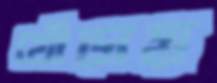
খোঁড়ায়